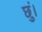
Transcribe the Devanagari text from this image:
छुं।